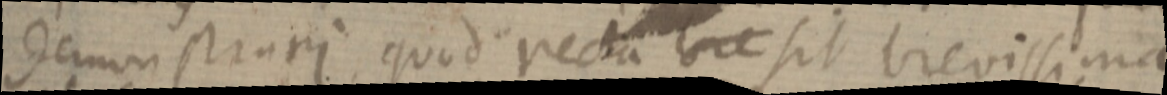
demonstrari, quod recta bre sit brevissima